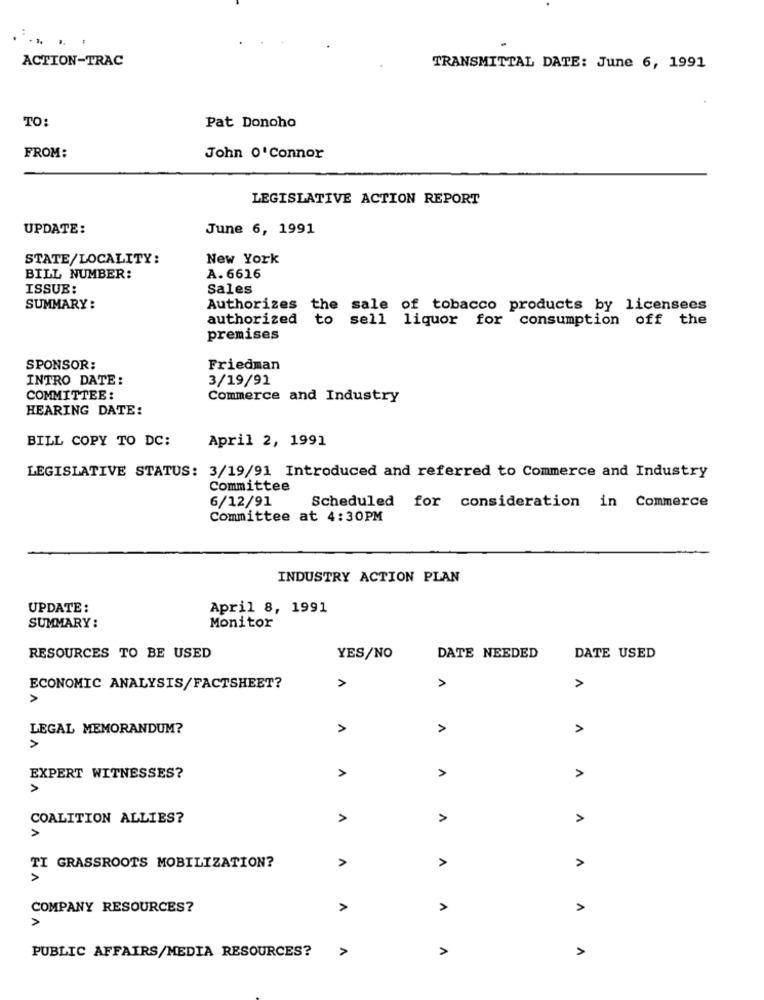
... .. .
ACTION-TRAC
TRANSMITTAL DATE: June 6, 1991
TO:
Pat Donoho
FROM:
John O'Connor
LEGISLATIVE ACTION REPORT
UPDATE:
June 6, 1991
STATE/LOCALITY:
New York
BILL NUMBER:
A. 6616
ISSUE:
Sales
SUMMARY:
Authorizes the sale of tobacco products by licensees
authorized
to sell liquor for consumption off the
premises
SPONSOR:
Friedman
INTRO DATE:
3/19/91
COMMITTEE:
Commerce and Industry
HEARING DATE:
BILL COPY TO DC:
April 2, 1991
LEGISLATIVE STATUS: 3/19/91 Introduced and referred to Commerce and Industry
Committee
6/12/91
Scheduled for consideration in Commerce
Committee at 4:30PM
INDUSTRY ACTION PLAN
UPDATE :
April 8, 1991
Monitor
SUMMARY:
RESOURCES TO BE USED
YES/NO
DATE NEEDED
DATE USED
A
ECONOMIC ANALYSIS/FACTSHEET?
>
>
>
LEGAL MEMORANDUM?
>
>
A
EXPERT WITNESSES?
A
>
COALITION ALLIES?
A
A
>
>
TI GRASSROOTS MOBILIZATION?
A
A
COMPANY RESOURCES?
>
>
A
>
PUBLIC AFFAIRS/MEDIA RESOURCES?
A
A
>